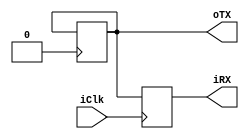
// Generated by MyHDL 0.11


`timescale 1ns/10ps

module main (
    iClk,
    iRX,
    oTX
);


input iClk;
output iRX;
reg iRX;
output oTX;
reg oTX;

reg [7:0] iData;
wire clk;
wire iRst;
reg [7:0] oData;
reg WriteEnable;
reg [2:0] rx_addr;
wire [2:0] read_addr;
wire oWrBuffer_full;
wire [7:0] ldData;
reg RS232_Module0_sig_WrBuffer_full;
reg [8:0] RS232_Module0_tx_counter;
reg [3:0] RS232_Module0_tx_bit_count;
reg [8:0] RS232_Module0_rx_currentData;
reg [1:0] RS232_Module0_rx_State;
reg [2:0] RS232_Module0_write_addr;
reg [2:0] RS232_Module0_rx_addr;
reg [8:0] RS232_Module0_rx_counter;
reg [1:0] RS232_Module0_tx_State;
reg [9:0] RS232_Module0_SendREG;
reg [2:0] RS232_Module0_tx_addr;
reg [3:0] RS232_Module0_rx_bit_count;
reg [7:0] RS232_Module0_Receive_RAM [0:8-1];
reg [7:0] RS232_Module0_Transmit_RAM [0:8-1];

assign clk = 1'd0;
assign iRst = 1'd0;
assign read_addr = 3'd0;
assign ldData = 8'd0;


always @(posedge iClk) begin: MAIN_UPDATEBUFF1_RTL
    iData <= ldData;
    if ((WriteEnable == 0)) begin
        WriteEnable <= 1;
    end
    else begin
        WriteEnable <= 0;
    end
end


always @(posedge clk, negedge iRst) begin: MAIN_RS232_MODULE0_SEQ_LOGIC
    if ((iRst == 0)) begin
        RS232_Module0_rx_State <= 0;
        RS232_Module0_rx_counter <= 0;
        RS232_Module0_rx_currentData <= 0;
        RS232_Module0_rx_bit_count <= 0;
        RS232_Module0_rx_addr <= 0;
        rx_addr <= 0;
        RS232_Module0_tx_State <= 0;
        RS232_Module0_tx_addr <= 0;
        RS232_Module0_write_addr <= 0;
        RS232_Module0_SendREG <= 0;
        RS232_Module0_tx_counter <= 0;
        RS232_Module0_tx_bit_count <= 0;
    end
    else begin
        rx_addr <= RS232_Module0_rx_addr;
        oData <= RS232_Module0_Receive_RAM[read_addr];
        oTX <= 1;
        case (RS232_Module0_rx_State)
            'h0: begin
                if ((iRX == 0)) begin
                    RS232_Module0_rx_counter <= (RS232_Module0_rx_counter + 1);
                end
                else begin
                    RS232_Module0_rx_counter <= 0;
                end
                if ((RS232_Module0_rx_counter == 217)) begin
                    RS232_Module0_rx_State <= 1;
                    RS232_Module0_rx_counter <= 0;
                    RS232_Module0_rx_bit_count <= 0;
                end
            end
            'h1: begin
                RS232_Module0_rx_counter <= (RS232_Module0_rx_counter + 1);
                if ((RS232_Module0_rx_counter == 0)) begin
                    RS232_Module0_rx_currentData <= {iRX, RS232_Module0_rx_currentData[9-1:1]};
                    RS232_Module0_rx_bit_count <= (RS232_Module0_rx_bit_count + 1);
                end
                if ((RS232_Module0_rx_counter == 434)) begin
                    RS232_Module0_rx_counter <= 0;
                end
                if ((RS232_Module0_rx_bit_count == 9)) begin
                    RS232_Module0_rx_State <= 2;
                    RS232_Module0_rx_counter <= 0;
                end
            end
            'h2: begin
                RS232_Module0_rx_counter <= (RS232_Module0_rx_counter + 1);
                if ((RS232_Module0_rx_counter == 434)) begin
                    RS232_Module0_rx_State <= 0;
                    RS232_Module0_rx_counter <= 0;
                    if ((iRX == 1)) begin
                        RS232_Module0_Receive_RAM[RS232_Module0_rx_addr] <= RS232_Module0_rx_currentData[9-1:1];
                        RS232_Module0_rx_addr <= ((RS232_Module0_rx_addr + 1) % 8);
                    end
                end
            end
        endcase
        if ((WriteEnable && (!RS232_Module0_sig_WrBuffer_full))) begin
            RS232_Module0_Transmit_RAM[RS232_Module0_write_addr] <= iData;
            RS232_Module0_write_addr <= ((RS232_Module0_write_addr + 1) % 8);
        end
        case (RS232_Module0_tx_State)
            'h0: begin
                if ((RS232_Module0_write_addr != RS232_Module0_tx_addr)) begin
                    RS232_Module0_tx_counter <= 0;
                    RS232_Module0_tx_State <= 1;
                    RS232_Module0_tx_bit_count <= 0;
                    RS232_Module0_SendREG <= {1'h1, RS232_Module0_Transmit_RAM[RS232_Module0_tx_addr], 1'h0};
                    RS232_Module0_tx_addr <= ((RS232_Module0_tx_addr + 1) % 8);
                end
            end
            'h1: begin
                oTX <= RS232_Module0_SendREG[RS232_Module0_tx_bit_count];
                RS232_Module0_tx_counter <= (RS232_Module0_tx_counter + 1);
                if ((RS232_Module0_tx_counter == 434)) begin
                    RS232_Module0_tx_bit_count <= (RS232_Module0_tx_bit_count + 1);
                    RS232_Module0_tx_counter <= 0;
                    if ((RS232_Module0_tx_bit_count == 9)) begin
                        RS232_Module0_tx_State <= 0;
                    end
                end
            end
        endcase
    end
end


always @(RS232_Module0_write_addr, RS232_Module0_tx_addr) begin: MAIN_RS232_MODULE0_COMB_LOGIC
    if ((((RS232_Module0_write_addr + 1) % 8) == RS232_Module0_tx_addr)) begin
        RS232_Module0_sig_WrBuffer_full = 1'b1;
    end
    else begin
        RS232_Module0_sig_WrBuffer_full = 1'b0;
    end
end



assign oWrBuffer_full = RS232_Module0_sig_WrBuffer_full;


always @(posedge iClk) begin: MAIN_RS232LOOPBACK0_LOGIC
    iRX <= oTX;
end

endmodule